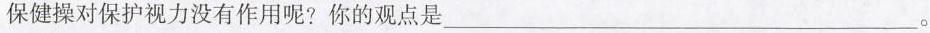
保健操对保护视力没有作用呢?你的观点是___。